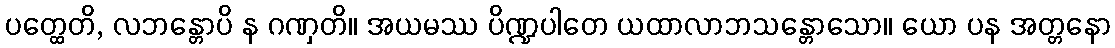
ပတ္ထေတိ, လဘန္တောပိ န ဂဏှတိ။ အယမဿ ပိဏ္ဍပါတေ ယထာလာဘသန္တောသော။ ယော ပန အတ္တနော